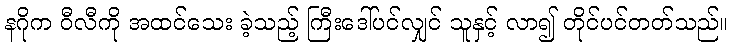
နဂိုက ဝီလီကို အထင်သေး ခဲ့သည့် ကြီးဒေါ်ပင်လျှင် သူနှင့် လာ၍ တိုင်ပင်တတ်သည်။